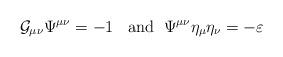
LaTeX: \begin{align*}{\cal G}_{\mu\nu}\Psi^{\mu\nu}=-1\;\; \mbox{ and}\;\; \Psi^{\mu\nu}\eta_{\mu}\eta_{\nu}=-\varepsilon\end{align*}